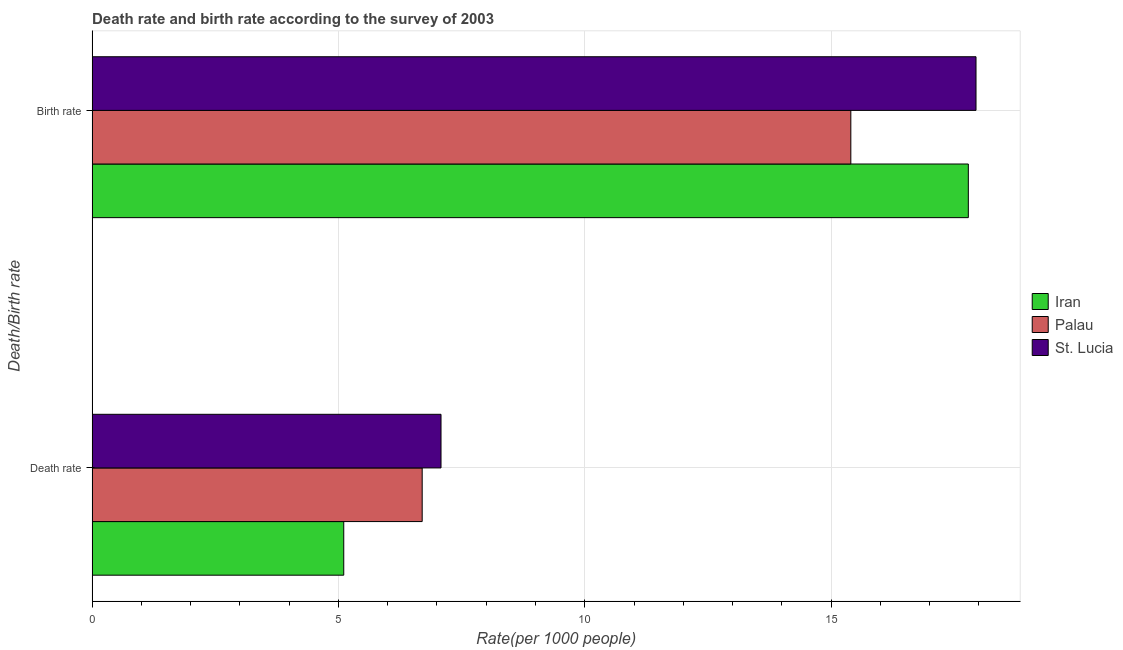
| Death/Birth rate | Iran | Palau | St. Lucia |
 | --- | --- | --- | --- |
 | Death rate | 5.11 | 6.7 | 7.08 |
 | Birth rate | 17.8 | 15.4 | 17.9 |